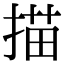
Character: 描